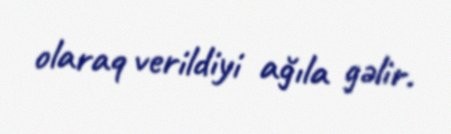
olaraq verildiyi ağıla gəlir.